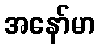
အနော်မာ